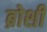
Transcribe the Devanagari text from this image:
ब्रोशी